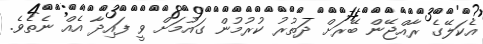
އެކަލޭގެ ރާއްޖޭން ބޭރަށް ދަތުރު ކުރުމުން ގައުމަށް ވީ ފައިދާ އެއް ނެތެވެ.